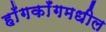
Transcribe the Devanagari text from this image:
हाँगकाँगमधील